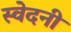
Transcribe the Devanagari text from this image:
स्वेदनी